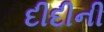
દીદીની